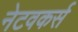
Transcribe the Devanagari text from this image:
नेटवकर्स